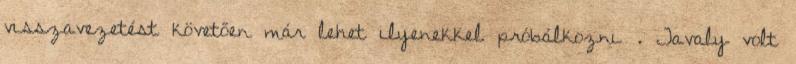
visszavezetést követően már lehet ilyenekkel próbálkozni . Tavaly volt